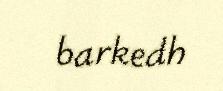
barkedh